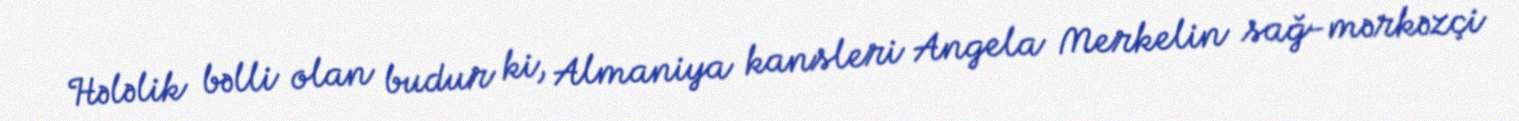
Hələlik bəlli olan budur ki, Almaniya kansleri Angela Merkelin sağ-mərkəzçi